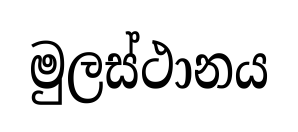
මුලස්ථානය